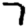
Digit: 7